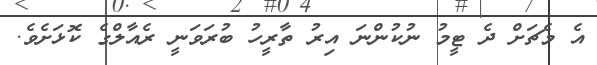
އެ މެޗަށް ދެ ޓީމު ނުކުންނަ އިރު ތާރީހު ބުރަވަނީ ރެއާލްގެ ކޮޅަށެވެ.